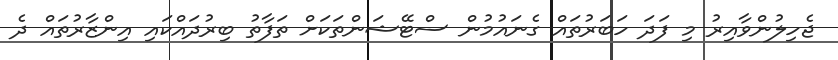
ޖެހިލުންވާއިރު މި ފަދަ ހަބަރުތައް ގެނައުމުން ސްޓޭޝަންތަކަށް ތަފާތު ބިރުދައްކައި އިންޒާރުތައް ދެ